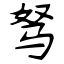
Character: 驽